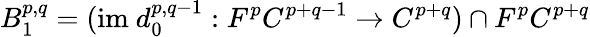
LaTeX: B_{1}^{p,q}=({\mathrm{im~}}d_{0}^{p,q-1}:F^{p}C^{p+q-1}\rightarrow C^{p+q})\cap F^{p}C^{p+q}